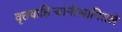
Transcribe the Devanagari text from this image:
वृत्तवाहिन्यांनीसांगितले